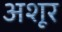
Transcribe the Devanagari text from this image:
अशूर